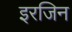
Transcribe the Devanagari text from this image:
इरजिन